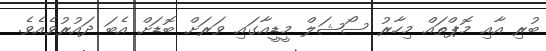
ބުރި އާއި މޮޕްތައް މިހާރު ސޯޝަލް މީޑީއާގައި ވަރަށް ބޮޑަށް އެބަ ދައުރުވެއެވެ.